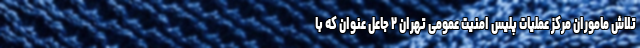
تلاش ماموران مرکز عملیات پلیس امنیت عمومی تهران ۲ جاعل عنوان که با